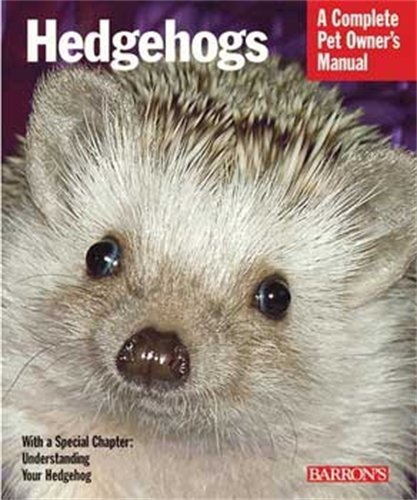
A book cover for Hedgehogs (Barron's Complete Pet Owner's Manuals); Sharon Vanderlip D.V.M.; Religion & Spirituality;